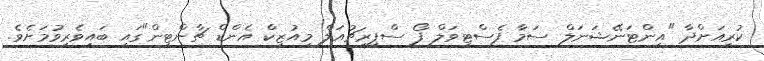
ކުރިއަށްދާ "އިންޓަނޭޝަނަލް ސަމާ ފެސްޓިވަލް ފޯ ސްޕިރިޗުއަލް މިއުޒިކް އެންޑް ޗާންޓިން"ގައި ބައިވެރިވުމަށެވެ.